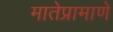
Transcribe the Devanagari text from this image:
मातेप्रामाणे